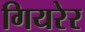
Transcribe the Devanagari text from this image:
गियरेर